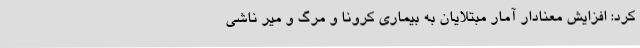
کرد: افزایش معنادار آمار مبتلایان به بیماری کرونا و مرگ و میر ناشی